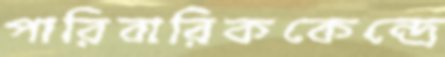
পারিবারিককেন্দ্রে